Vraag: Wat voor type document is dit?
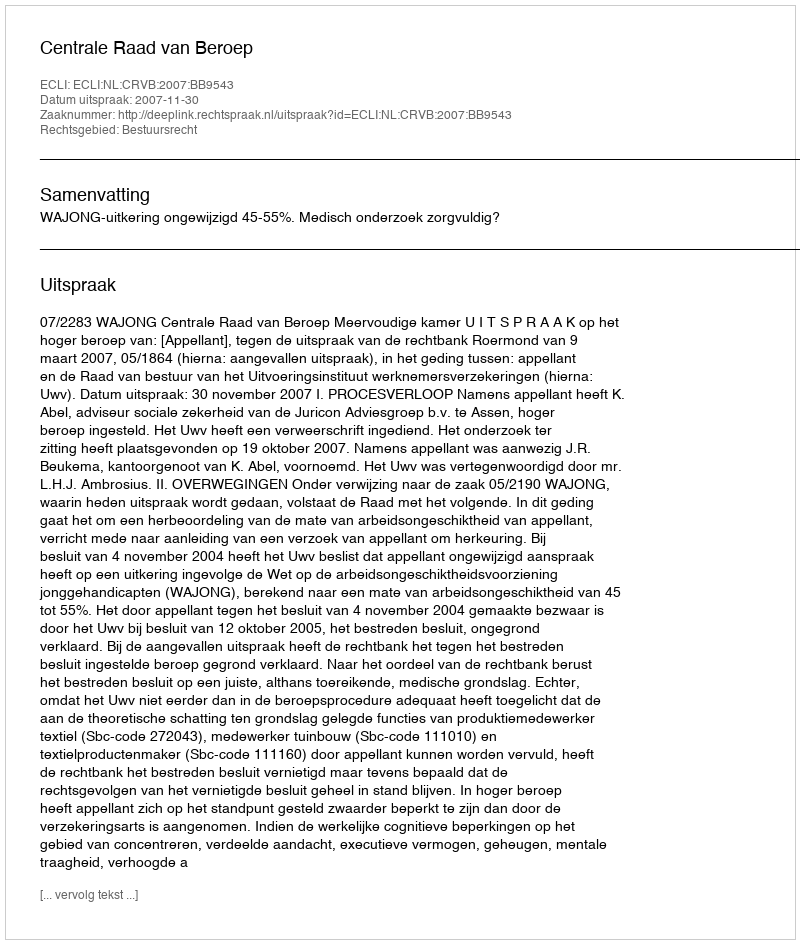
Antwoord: Uitspraak